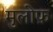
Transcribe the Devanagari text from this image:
मुलोफ़